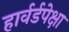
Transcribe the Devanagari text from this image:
हार्वर्डपेक्षा